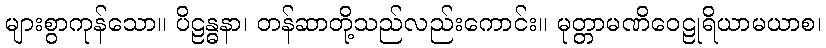
များစွာကုန်သော။ ပိဠန္ဓနာ၊ တန်ဆာတို့သည်လည်းကောင်း။ မုတ္တာမဏိဝေဠုရိယာမယာစ၊